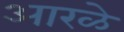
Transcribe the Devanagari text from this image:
आरळे